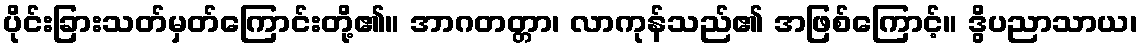
ပိုင်းခြားသတ်မှတ်ကြောင်းတို့၏။ အာဂတတ္တာ၊ လာကုန်သည်၏ အဖြစ်ကြောင့်။ ဒွိပညာသာယ၊